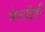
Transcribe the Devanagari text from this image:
सेस्टॉइडी